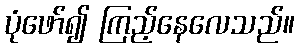
ပုံဖော်၍ ကြည့်နေလေသည်။